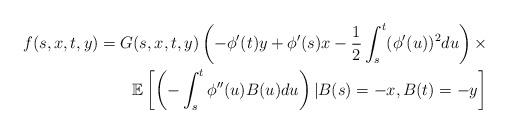
LaTeX: \begin{align*}f(s,x,t,y)=G(s,x,t,y)\left(-\phi'(t)y+\phi'(s)x-\frac{1}{2}\int_{s}^{t} (\phi'(u))^2du \right )\times\\\mathbb{E}\left[ \left(-\int_{s}^{t} \phi''(u)B(u)du\right) \vert B(s)=-x, B(t)=-y\right]\end{align*}